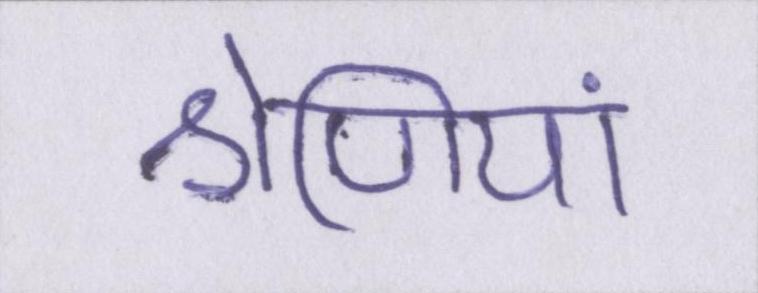
श्रेणियां